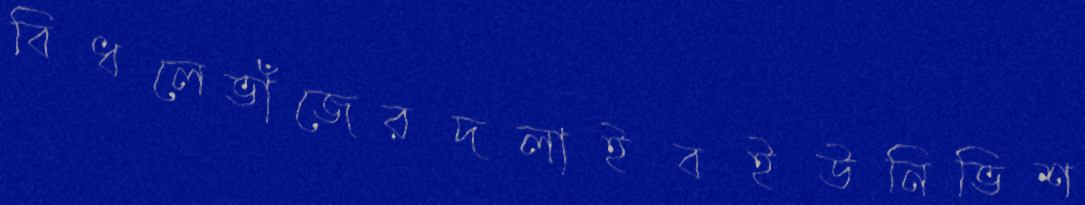
বিধলেভাঁজেরদলাইবইউনিভিশ